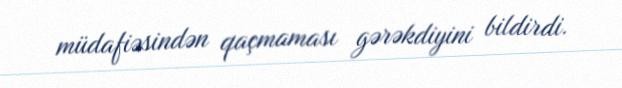
müdafiəsindən qaçmaması gərəkdiyini bildirdi.